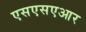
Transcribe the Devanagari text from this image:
एसएसएआर